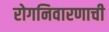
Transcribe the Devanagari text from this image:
रोगनिवारणाची